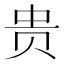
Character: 贵